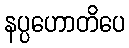
နပ္ပဟောတိပေ